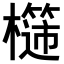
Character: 𣞮